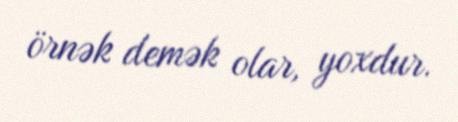
örnək demək olar, yoxdur.